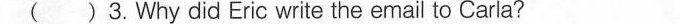
( )3.Why did Eric write the email to Carla?